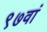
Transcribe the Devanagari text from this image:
९७वां